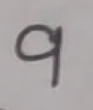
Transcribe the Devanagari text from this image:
९